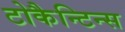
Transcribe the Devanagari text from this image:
टोकैन्टिन्स